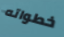
خطواته